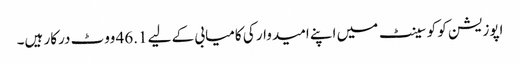
اپوزیشن کو کو سینٹ میں اپنے امیدوار کی کامیابی کے لیے 46.1 ووٹ درکار ہیں۔